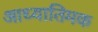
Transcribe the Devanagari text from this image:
आध्यातिमक